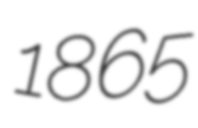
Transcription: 1865